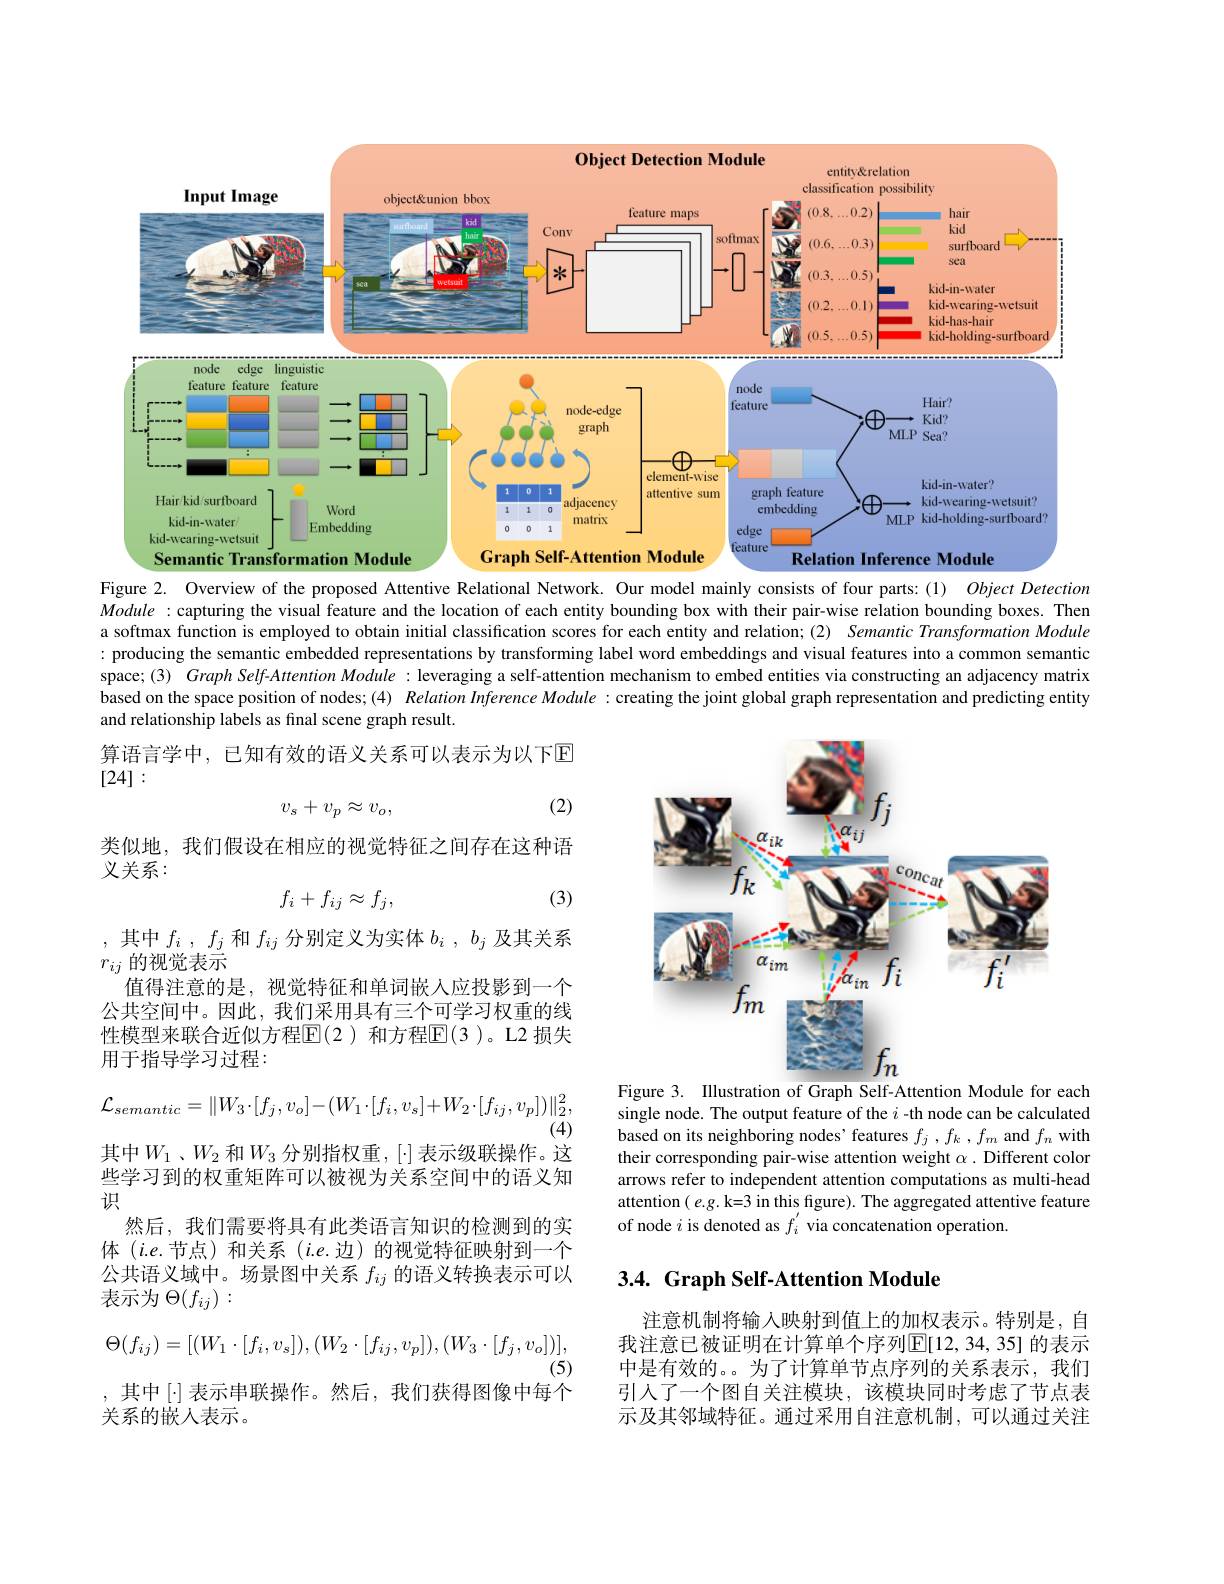
<FigureHere>

Figure 2. Overview of the proposed Attentive Relational Network. Our model mainly consists of four parts:(1) $Object\textit{Detectiontionk}$ $Module:$ capturing the visual feature and the location of each entity bounding box with their pair-wise relation bounding boxes. Then a softmax function is employed to obtain initial classification scores for each entity and relation; (2) Semantic Transformation Module : producing the semantic embedded representations by transforming label word embeddings and visual features into a common semantich $x=\frac{1}{2}$ space; (3) Graph Self-Attention Module : leveraging a self-attention mechanism to embed entities via constructing an adjacency matrix based on the space position of nodes;(4) Relation Inference Module :creating the joint global graph representation and predicting entity and relationship labels as final scene graph result.

算语言学中，已知有效的语义关系可以表示为以下回
[24]:

(2)
$$v_s+v_p\approx v_o,$$
类似地，我们假设在相应的视觉特征之间存在这种语
义关系：
$$f_i+f_{ij}\approx f_j,$$
(3)

<FigureHere>
Figure 3. Illustration of Graph Self-Attention Module for each

,其中$f_i$ , $f_j$和$f_ij$分别定义为实体$b_i$ , $b_j$及其关系
$r_{ij}$的视觉表示
值得注意的是，视觉特征和单词嵌入应投影到一个公共空间中。因此，我们采用具有三个可学习权重的线性模型来联合近似方程$\mathbb{E}(2)$ 和方程$\mathbb{E}(3)$。L2 损失用于指导学习过程：
$$\mathcal{L}_{semantic}=\|W_3\cdot[f_j,v_o]-(W_1\cdot[f_i,v_s]+W_2\cdot[f_{ij},v_p])\|_2^2,$$
(4)
其中$W_1$、$W_2$ 和$W_3$ 分别指权重，[·] 表示级联操作。这

single node. The output feature of the $i$ -th node can be calculated based on its neighboring nodes' features $f_j,f_k$ , $f_m$ and $f_n$ with their corresponding pair-wise attention weight $\alpha.$ Different color arrows refer to independent attention computations as multi-head attention $(e.g.$k=3 in this figure). The aggregated attentive feature of node $i$ is denoted as $f_i^{^{\prime}}$ via concatenation operation.

些学习到的权重矩阵可以被视为关系空间中的语义知
识
然后，我们需要将具有此类语言知识的检测到的实体 $(i.e.$节点)和关系 $(i.e.$边)的视觉特征映射到一个公共语义域中。场景图中关系$f_{ij}$的语义转换表示可以表示为$\Theta(f_{ij}):$

## 3.4. Graph Self-Attention Module
$$\Theta(f_{ij})=[(W_{1}\cdot[f_{i},v_{s}]),(W_{2}\cdot[f_{ij},v_{p}]),(W_{3}\cdot[f_{j},v_{o}])],$$
(5)

注意机制将输入映射到值上的加权表示。特别是，自我注意已被证明在计算单个序列$\mathbb{E}[12,34,35]$ 的表示中是有效的。为了计算单节点序列的关系表示，我们引入了一个图自关注模块，该模块同时考虑了节点表示及其邻域特征。通过采用自注意机制，可以通过关注

,其中$[\cdot]$表示串联操作。然后，我们获得图像中每个
关系的嵌人表示。